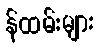
န်ထမ်းများ